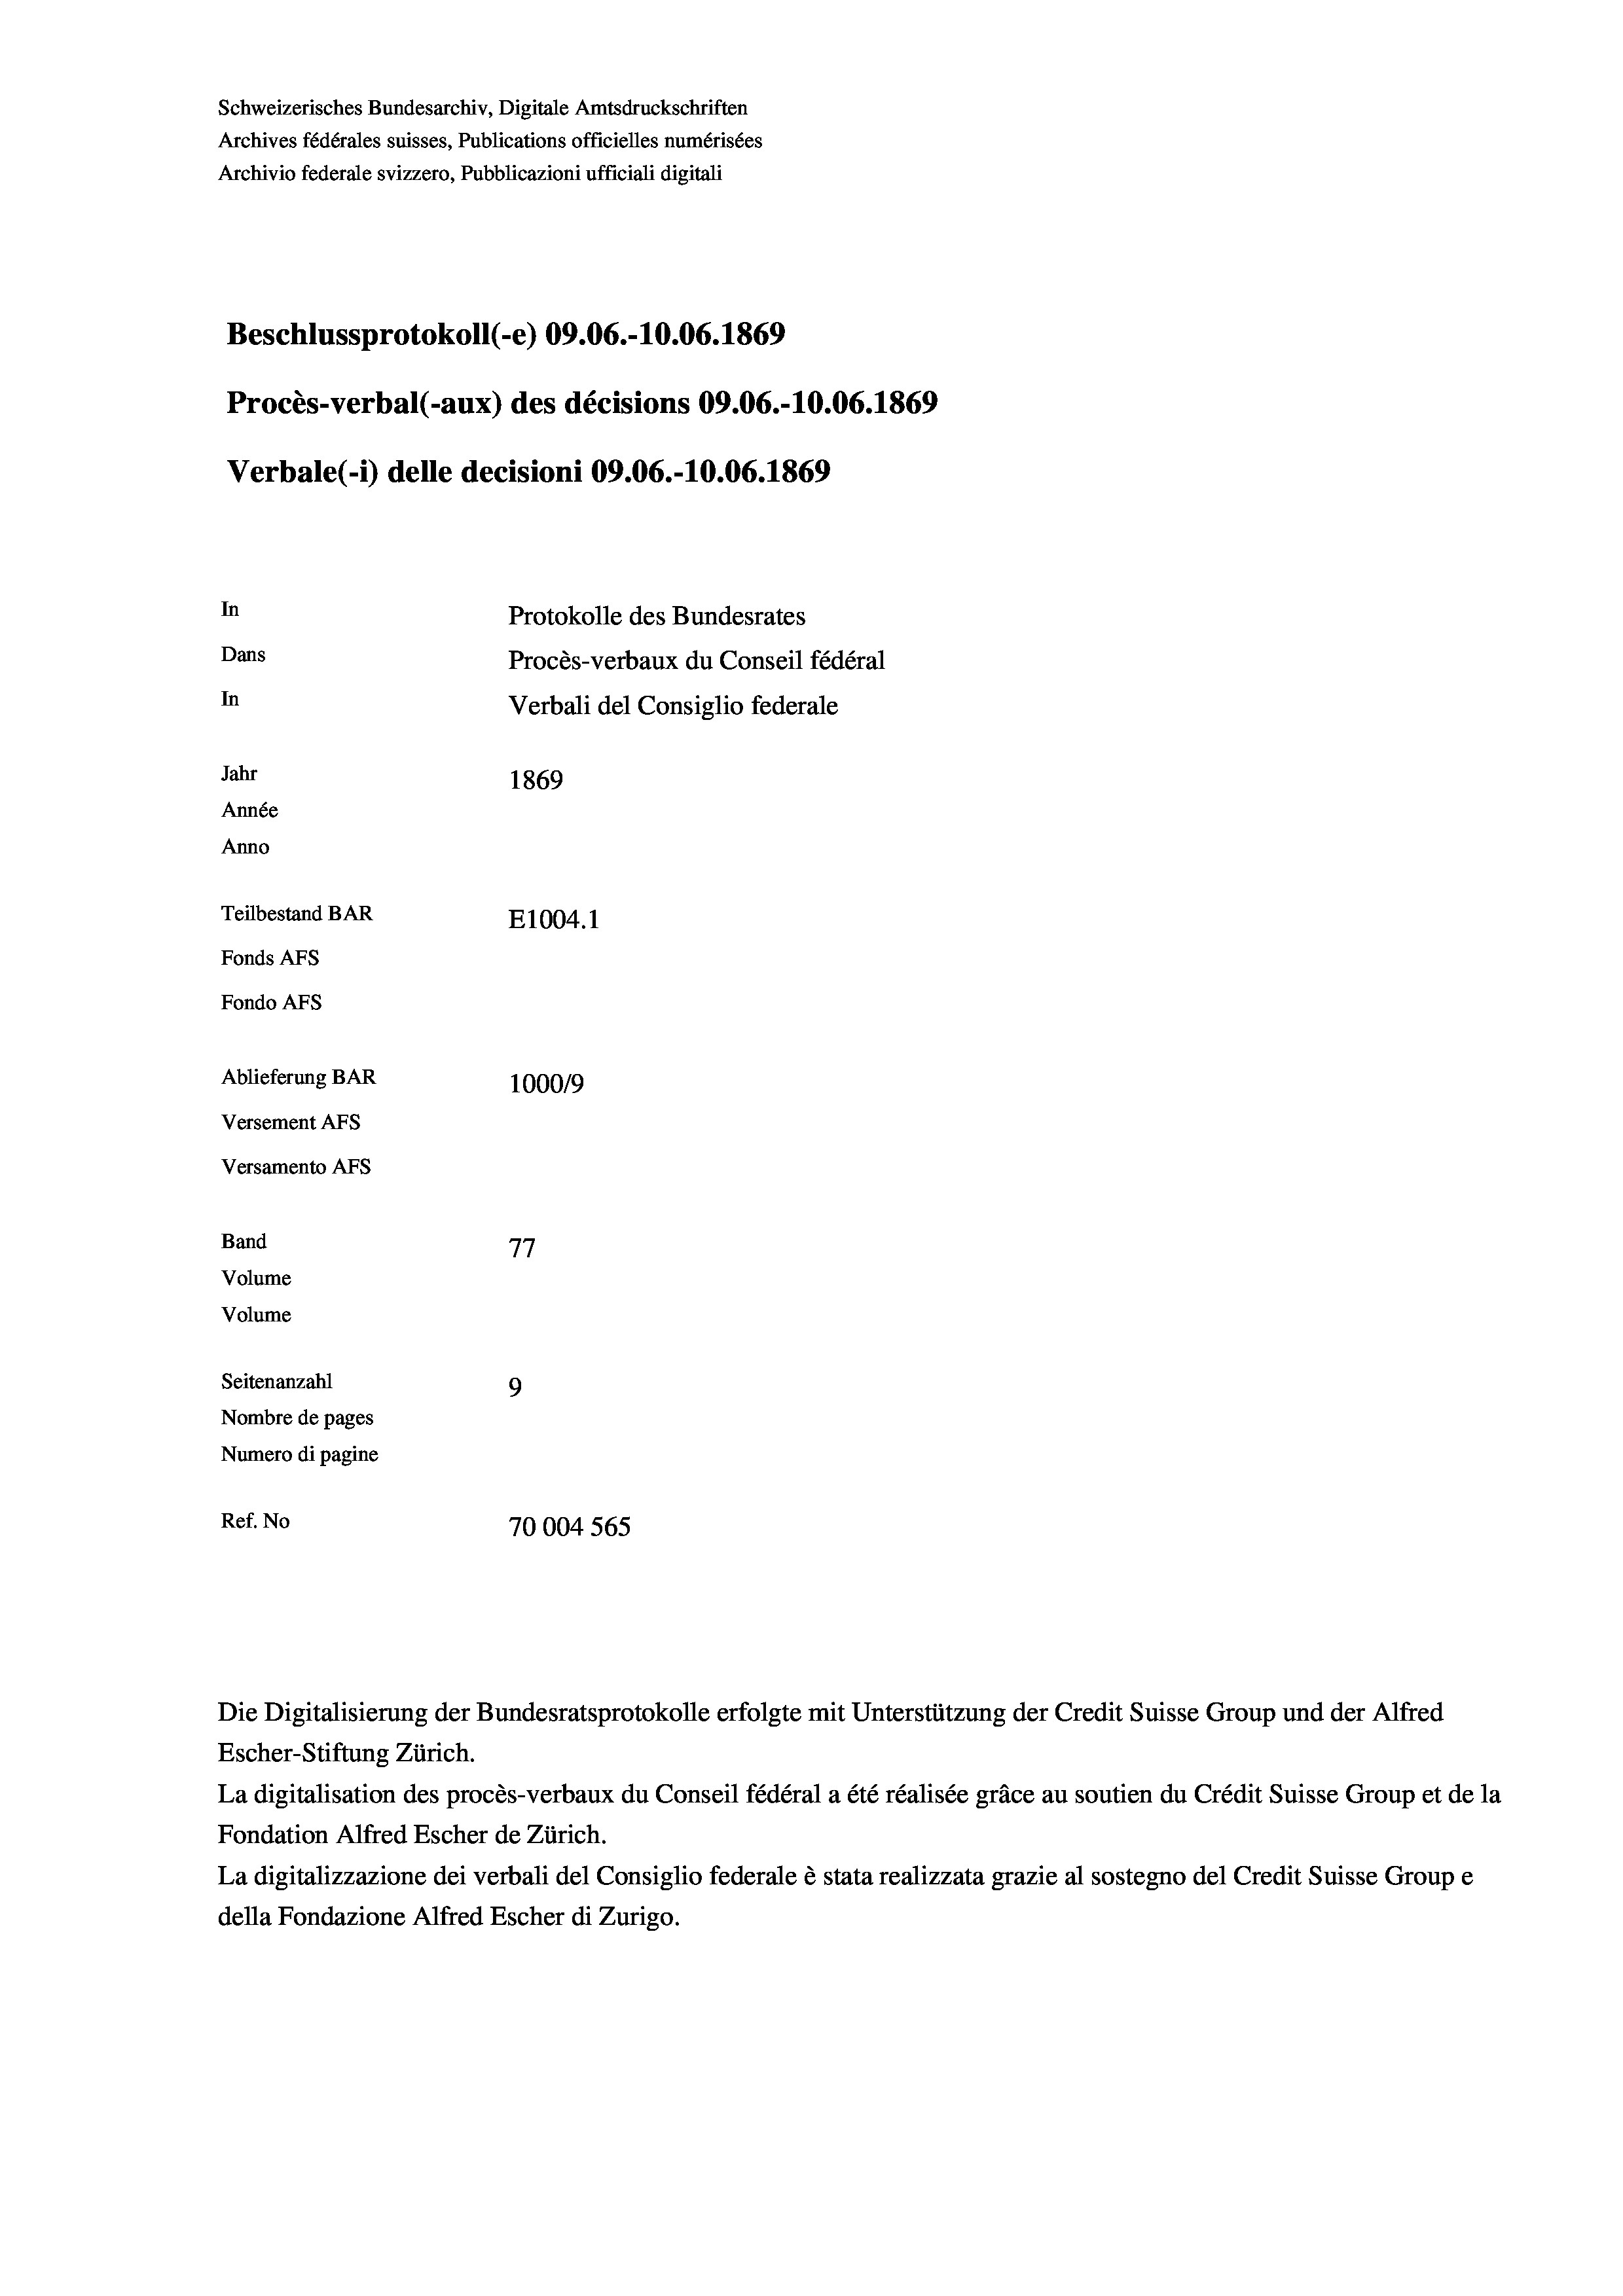
Schweizerisches Bundesarchiv, Digitale Amtsdruckschriften
Archives fédérales suisses, Publications officielles numérisées
Archivio federale svizzero, Pubblicazioni ufficiali digitali
Beschlussprotokoll (-e) 09.06.-10.06. 1869
Procès-verbal (-aux) des décisions 09.06.-10.06. 1869
Verbale (i) delle decisioni 09.06.-10.06. 1869
In
Protokolle des Bundesrates
Dans
Procès-verbaux du Conseil fédéral
In
Verbali del Consiglio federale
Jahr
1869
Année
Anno
Teilbestand BAR
E1004. 1
Fonds AFs
Fondo AFS
Ablieferung BAR
100019
Versement Ans
Versamento Afs
Band
77
Volume
Volume

Seitenanzahl
Nombre de pages
Numero di pagine
Ref. No

9
70004 565

Die Digitalisierung der Bundesratsprotokolle erfolgte mit Unterstützung der Credit Suisse Group und der Alfred

Escher-Stiftung Zürich.
La digitalisation des procès-verbaux du Conseil fédéral a été réalisée gräce au soutien du Crédit Suisse Group et de la
Fondation Alfred Escher de Zürich.
La digitalizzazione dei verbali del Consiglio federale è stata realizzata grazie al sostegno del Credit Suisse Groupe
della Fondazione Alfred Escher di Zurigo.